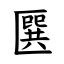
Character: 㔵